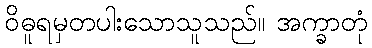
ဝိဓူရမှတပါးသောသူသည်။ အက္ခာတုံ